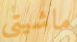
ماشيتي